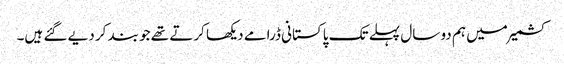
کشمیر میں ہم دو سال پہلے تک پاکستانی ڈرامے دیکھا کرتے تھے جو بند کر دیے گئے ہیں۔